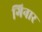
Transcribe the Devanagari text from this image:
गिनार